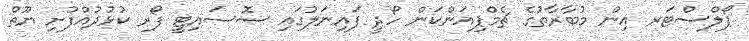
ޕޯލްސްޓަރ އިން މުބާރާތުގެ ޗެމްޕިއަންކަން ހޯދީ ފައިނަލުގައި ސޮސައިޓީ ފޯރ ކުޅުދުއްފުށި ޔޫތް